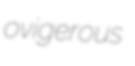
ovigerous